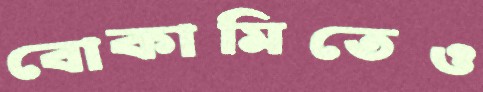
বোকামিতেও